NAE_ERA_R-1950_Eesti_Ajakirjanike_Liit, lk 8
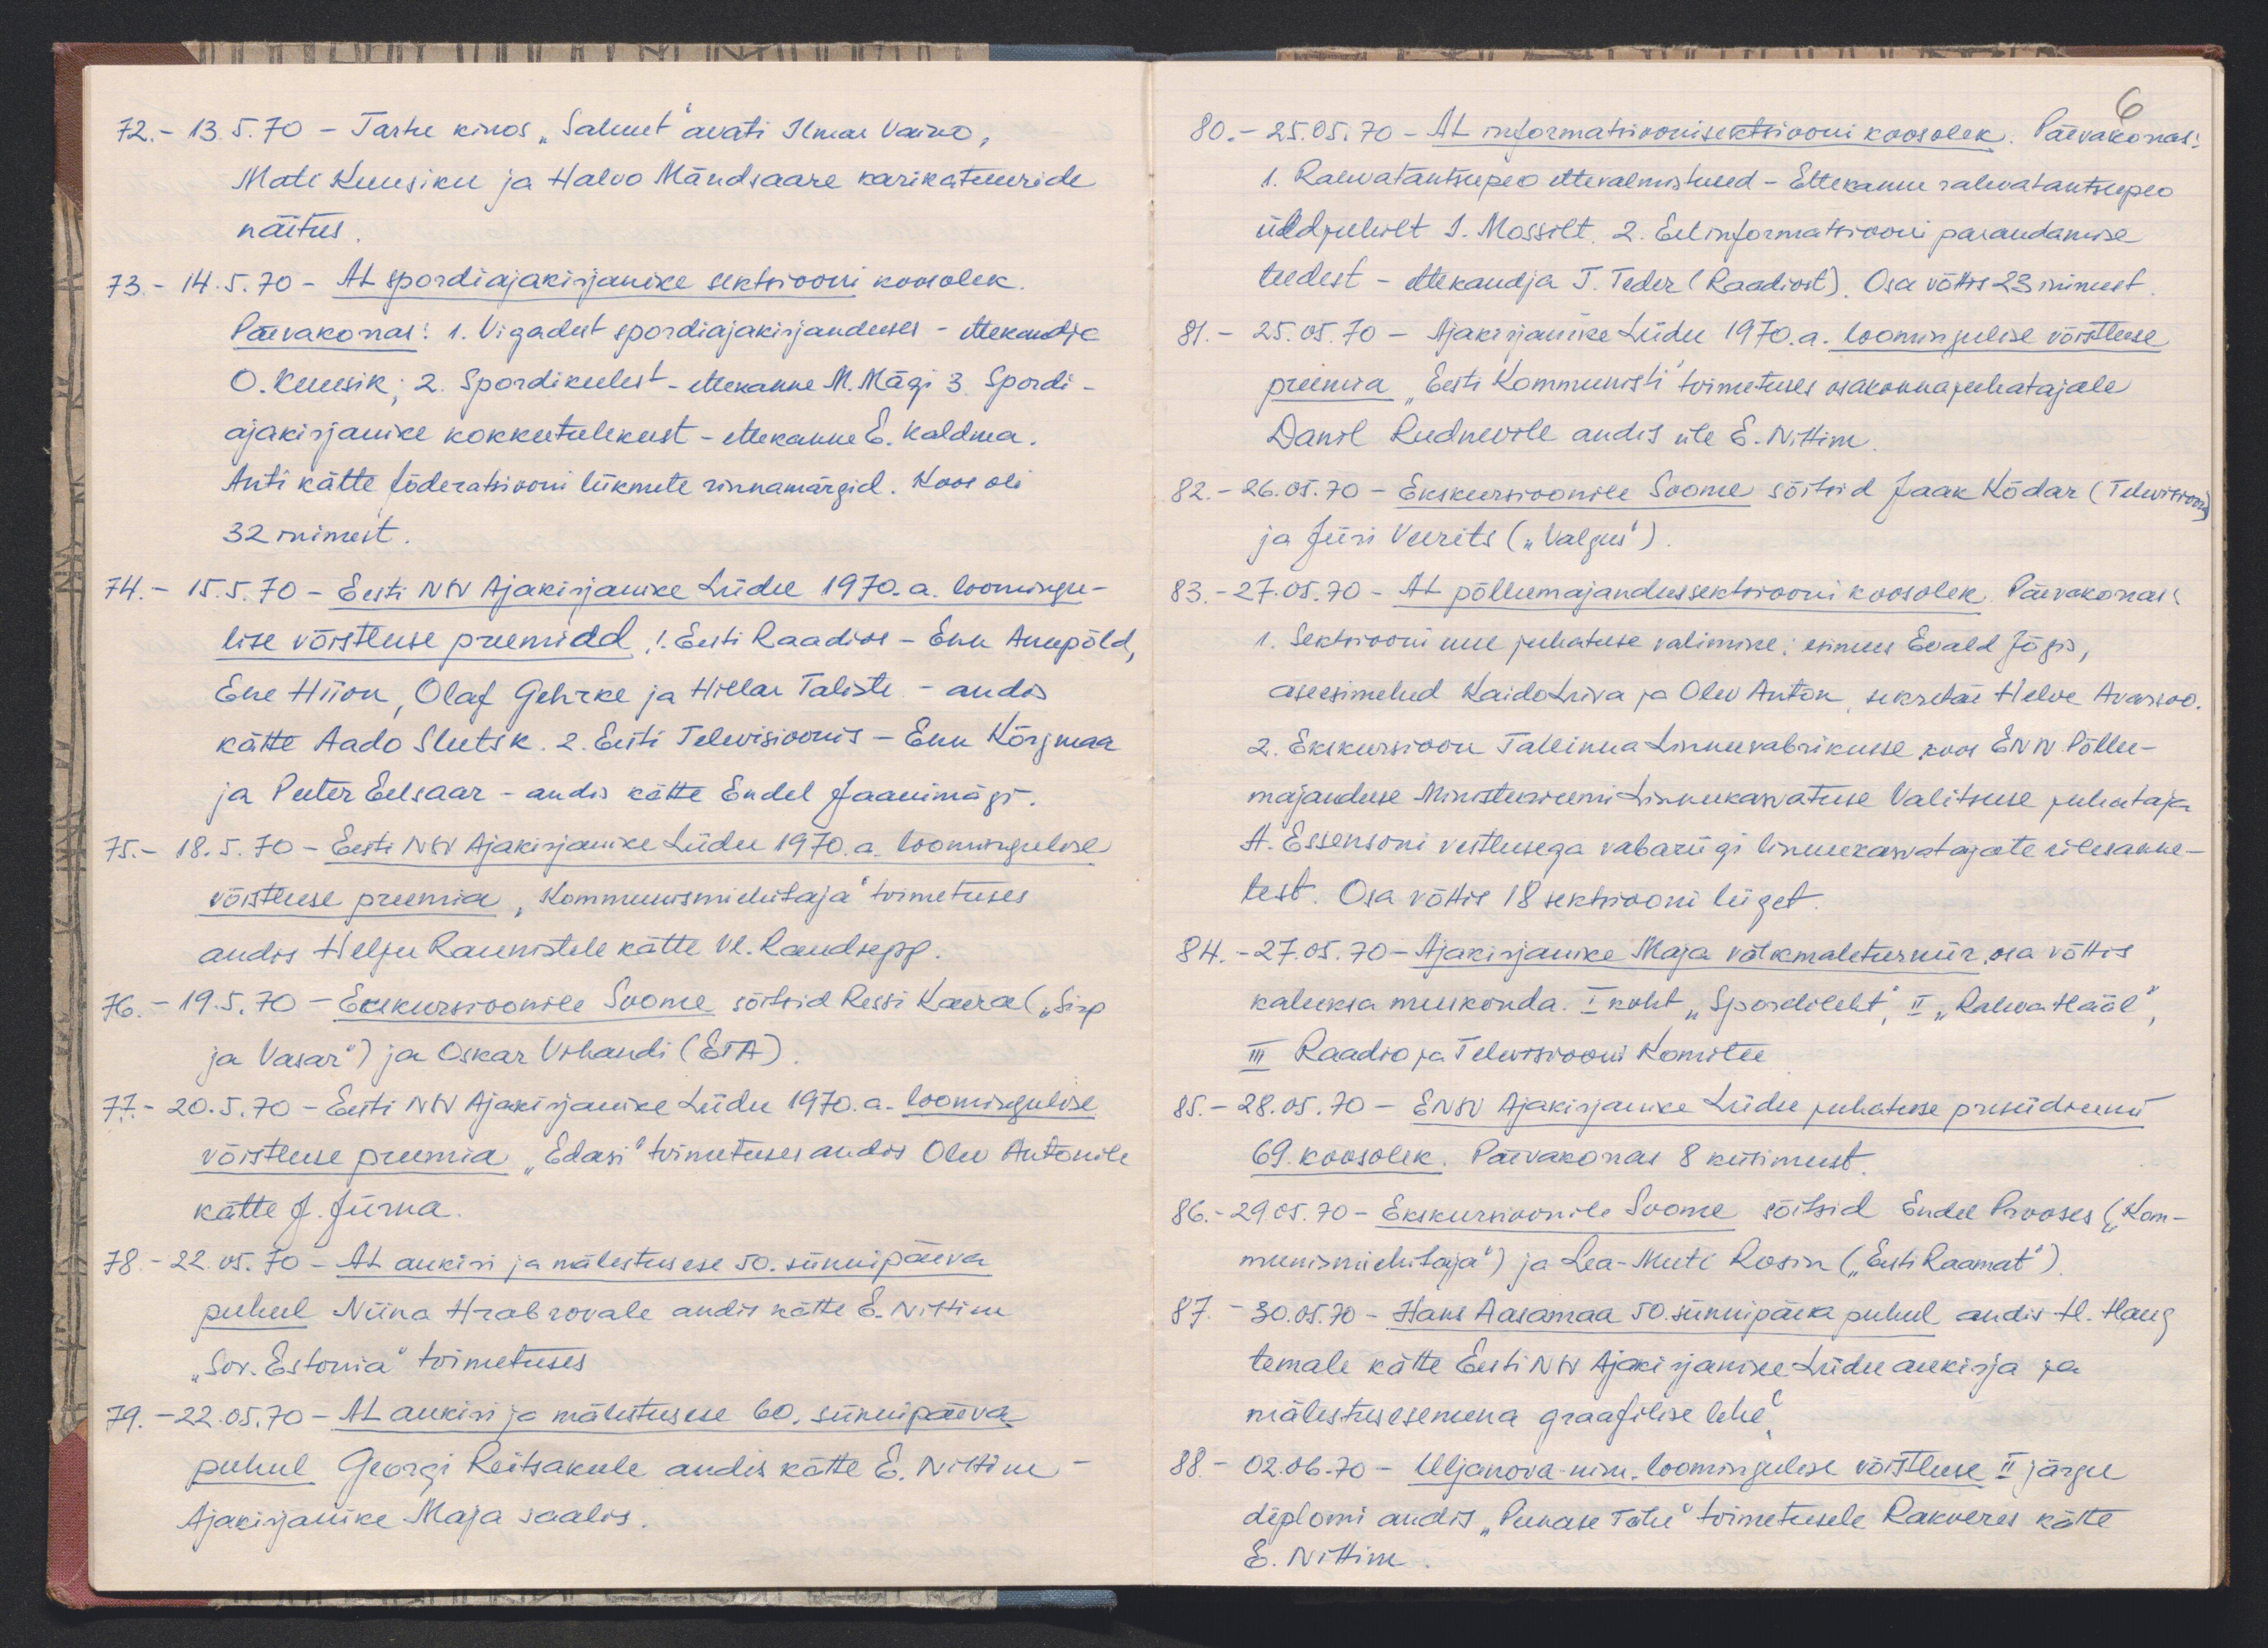
72. - 13.5.70 - Tartu kinos "Saluut" avati Ilmar Vaino,
Mati Kuusiku ja Halvo Mändsaare karikatuuride
näitus.
73. - 14.5.70 - AL spordiajakirjanike sektsiooni koosolek.
Päevakorras: 1. Vigadest spordiajakirjanduses - ettekandja
O. Kuusik; 2. Spordikeelest - ettekanne M. Mägi 3. Spordi-
ajakirjanike kokkutulekust - ettekanne E. Kaldma.
Anti kätte föderatsiooni liikmete rinnamärgid. Koos oli
32 inimest.
74. - 15.5.70 - Eesti NSV Ajakirjanike Liidu 1970. a. loomingu-
lise võistluse preemiad, I. Eesti Raadio - Enn Anupõld,
Ene Hiion, Olaf Gehrke ja Hillar Taliste, - andis
kätte Aado Slutsk. 2. Eesti Televisioonis - Enn Kõrgmaa
ja Peeter Eelsaar - andis kätte Endel Jaanimägi.
75. - 18.5.70. Eesti NSV Ajakirjanike Liidu 1950. a. loomingulise
võistluse preemia "kommunismiehitaja" toimetuses
andis Helju Raunistele kätte Vl. Raudsepp.
76. - 19.5.70 - Eskursioonile Soome sõitsid Ressi Kaera ("Sirp.
ja Vasar") ja Oskar Vihandi (ETA)
77. - 20.5.70. - Eesti NSV Ajakirjanike Liidu 1970. a. loomingulise
võistluse preemia "Edasi" toimetuses andis Olev Antonile
kätte J. Jürna
78. - 22.05.70 - AL aukiri ja mälestus ese 50. sünnipäeva
puhul Niina Hrabrovale andis kätte E. Nittim
"Sov. Estonia" toimetuses
79. - 22.05.70 - AL aukiri ja mälestus ese 60, sünnipäeva
puhul Georgi Reitsakule andis kätte E. Nittim
Ajakirjanike Maja saalis.

6
80. - 25.05. 70 - AL informatsioonisektsiooni koosolek. Päevakorras:
1. Rahvatantsupeo ettevalmistused - Ettekanne rahvatantsupeo
üldjuhilt J. Mossilt. 2. Eelinformatsiooni parandamise
teedest - ettekandja J. Teder (Raadiost). Osa võttis 23 inimest
81. - 25.05.70 - Ajakirjanike Liidu 1970. a. loomingulise võistluse
preemia "Eesti Kommunisti" toimetuses osakonnajuhatajale
Danil Rudnevile andis üle E. Nittim.
82. - 26.05.70 - Ekskursioonile Soome sõitsid Jaak Kõdar (Televisioon)
ja Jüri Veerits ( "Valgus")
83. - 27.05.70 - AL põllumajandussektsiooni koosolek Päevakorras
1. Sektsiooni uue juhatuse valimine: esimees Evald Jõgis,
aseesimehed Kaido Liiva ja Olev Anton, sekretär Helve Avarsoo.
2. Ekskursioon Tallinna Linnuvabrikusse koos ENSV Põllu-
majanduse Ministeeriumi Linnukasvatuse Valitsuse juhataja
A. Essensoni vestlusega vabariigi linnukasvatajate ülesanne-
test. Osa võttis 18 sektsiooni liiget.
84. - 27.05.70 - Ajakirjanike Maja välkmaleturniir, osa võttis
kaheksa meeskonda. I koht "Spordileht", II "Rahva Hääl",
III Raadio ja Televisiooni Komitee
85. - 28.05.70 - ENSV Ajakirjanike Liidu juhatuse presiidium
69. koosolek. Päevakorras 8 küsimust.
86. - 29.05.70 - Ekskursioonile Soome sõitsid Endel Prooses (Kom-
munismiehitaja") ja Lea-Meete Rosin ("Eesti Raamat")
87. 30.05.70 - Hans Aasamaa 50. sünnipäeva puhul andis. H. Haug
temale kätte Eesti NSV Ajakirjanike Liidu aukirja ja
mälestusesesemena graafilise lehe
88. - 02.06.70 - Uljanova-nim. loomingulise võistluse II järgu
diplomi andis "Punase Tähe" toimetusele Rakveres kätte
E. Nittim